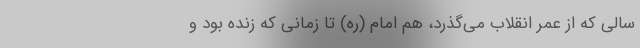
سالی که از عمر انقلاب می‌گذرد، هم امام (ره) تا زمانی که زنده بود و